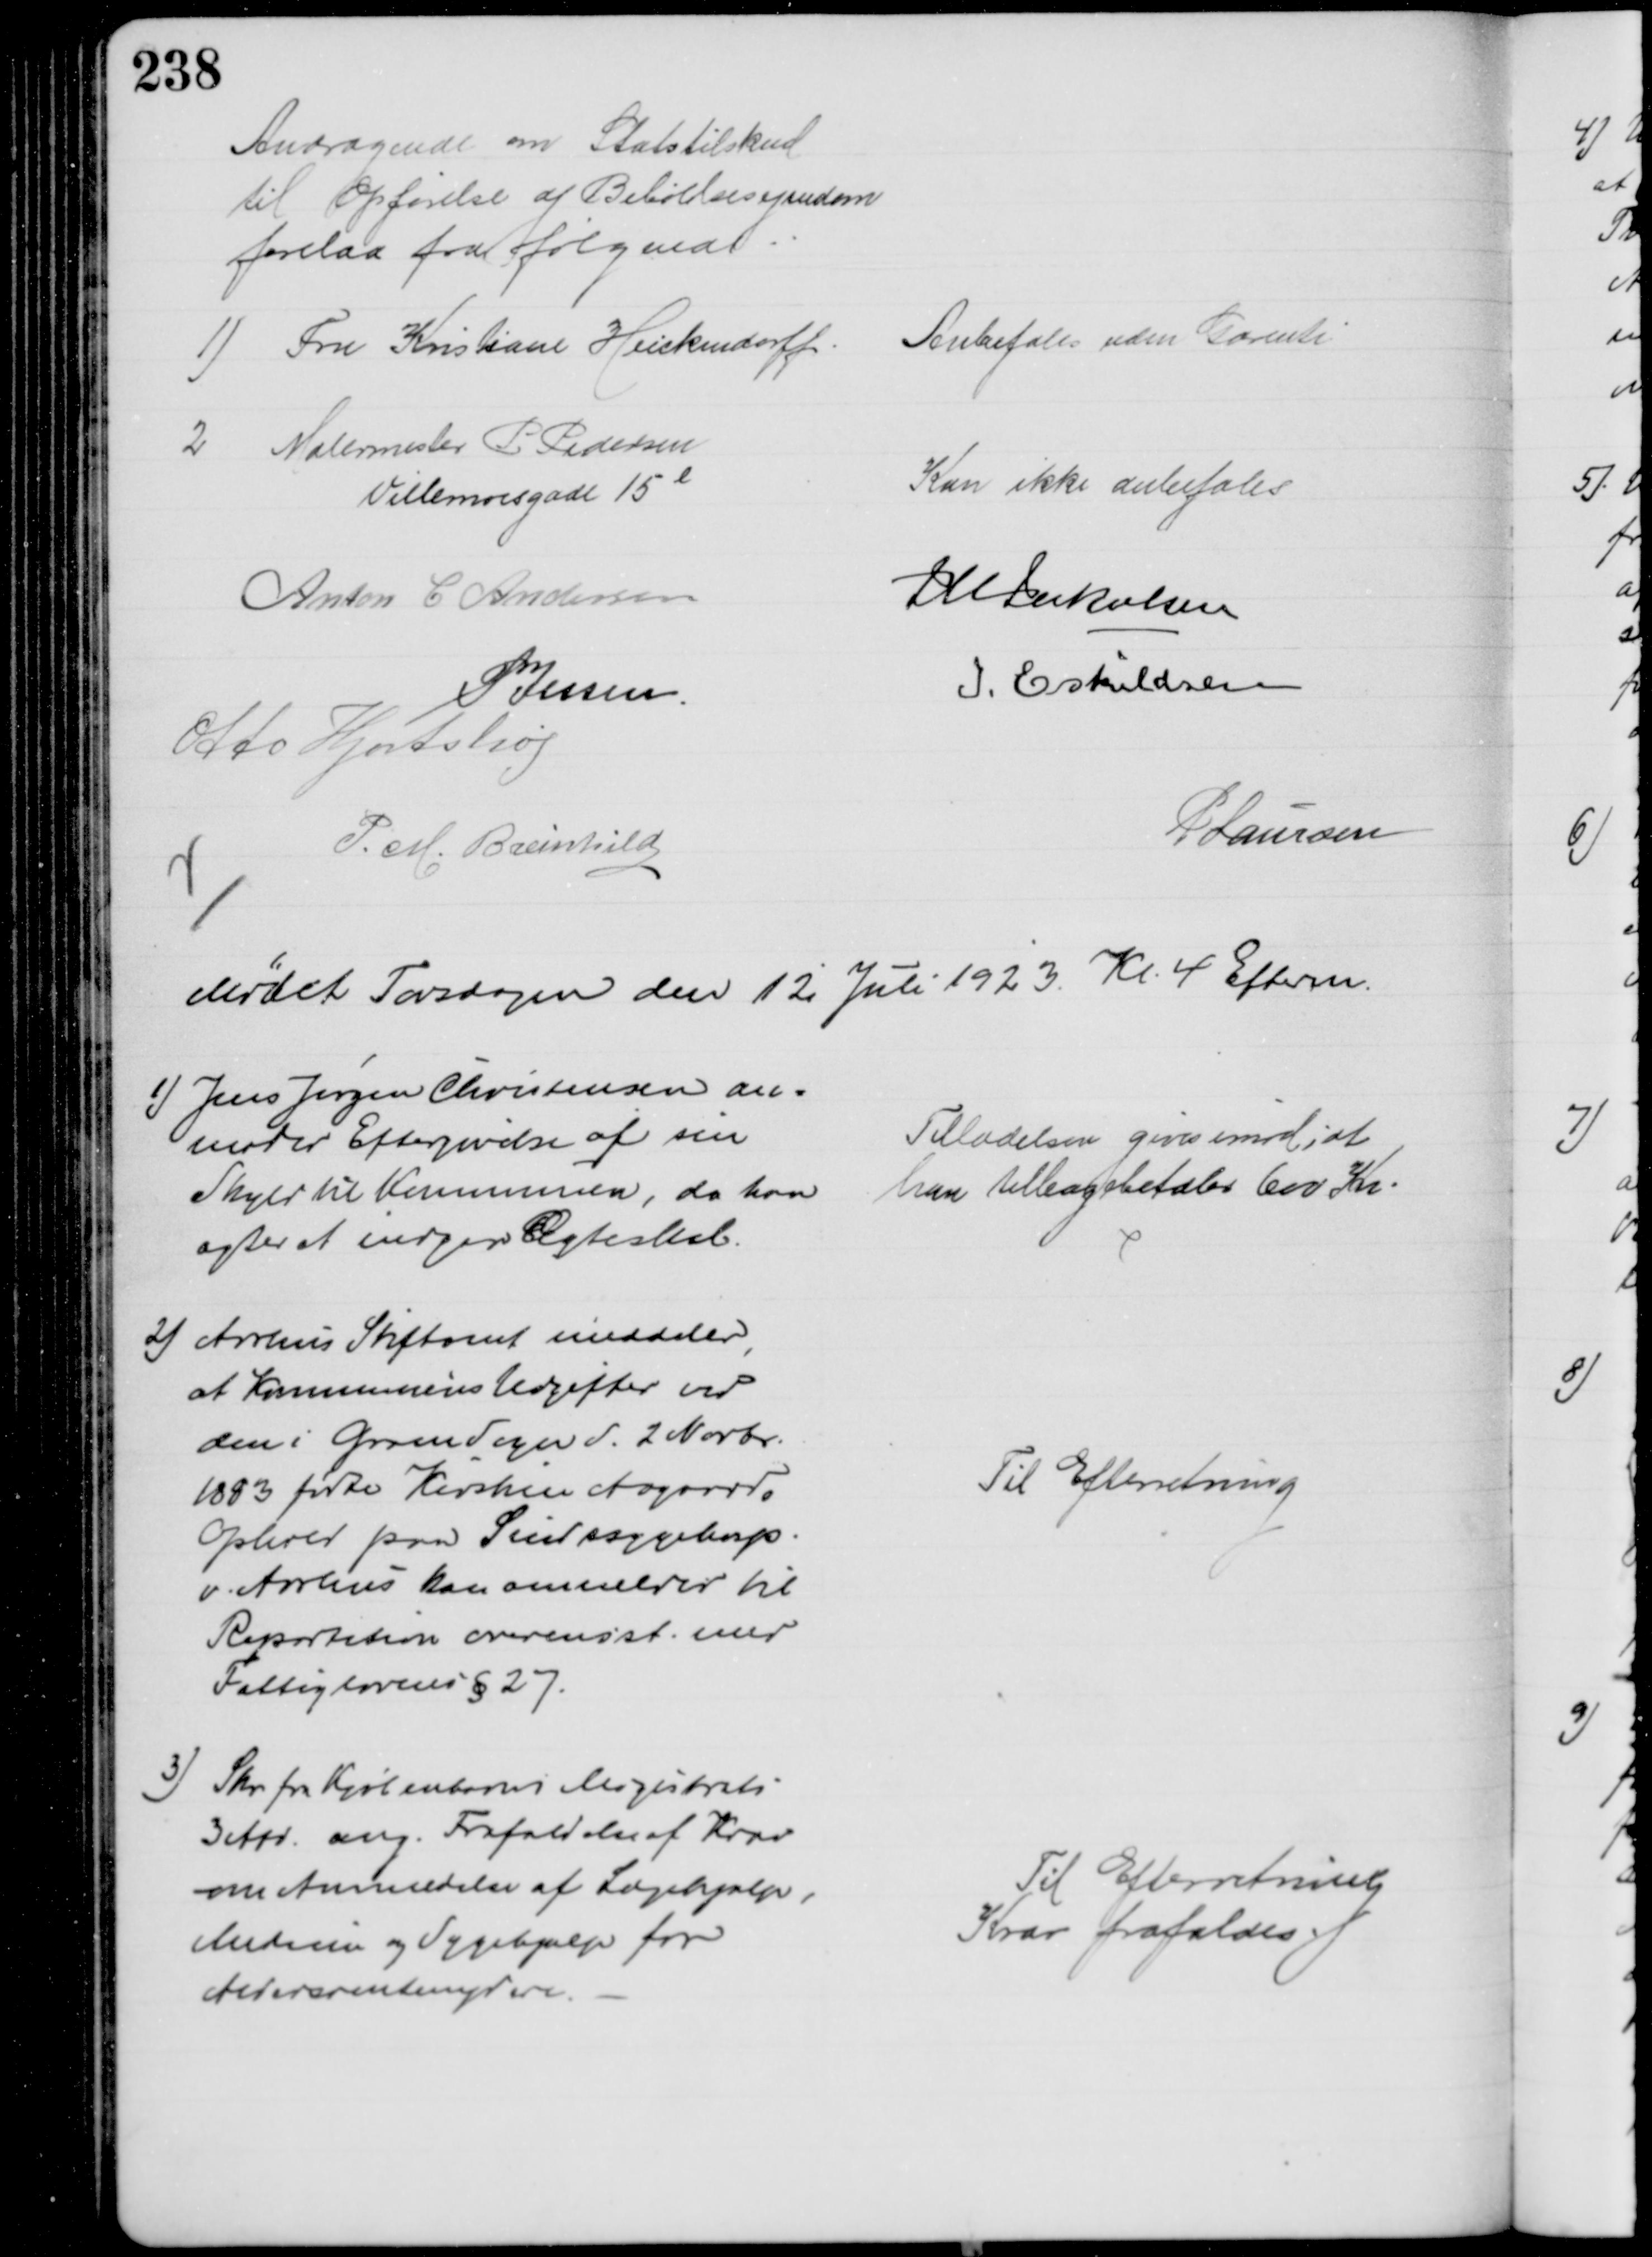
Transskription:
Andragende om Statstilskud
til Opførelse af Beboelsesejendom
forelaa fra følgende
1) Fru Kristiane Heickendorff
Anbefales uden Garenti
2 Malermester P Pedersen
Villemoesgade 15 l
Kan ikke anbefales
Anton C Andersen
J M Jakobsen
P Jessen.
I. Eskildsen
Otto Hjortshøj
P. M. Breinhild
P Laursen
Mødet Torsdagen den 12 Juli 1923. Kl. 4 Efterm.
1) Jens Jørgen Christensen an-
moder Eftergivelse af sin
Skyld til Kommunen, da han
agter at indgaa Ægteskab.
Tilladelsen gives imod, at
han tilbagebetaler 600 Kr.
2)
Aarhus Stiftamt meddeler
,
at Kommunens Udgifter ved
den i Grundager d. 2 Novbr.
1883 fødte Kirstine Aagaards
Ophold paa Sindssygehosp.
v. Aarhus kan anmeldes til 
Repartition overensst. med
Fattiglovens § 27.
Til Efterretning
3) Skr. fra Kjøbenhavns Magistrats
3 Afd. ang. Frafaldelse af Krav
om Anmeldelse af Lægehjælp,
Medicin og Sygehjælp for
Aldersrentenydere.
Til Efterretning
Krav frafaldes